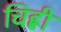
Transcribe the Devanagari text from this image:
चिह्ली